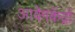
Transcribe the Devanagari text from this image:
आवेगकेंद्रों